Leaving Certificate Examination, 1923
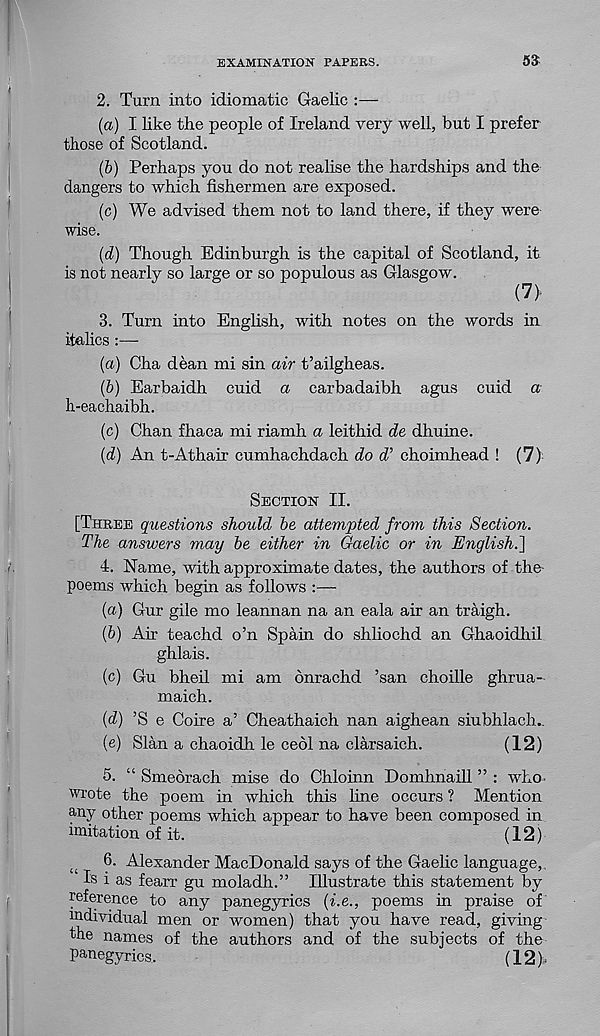
EXAMINATION PAPERS.
53
2. Turn into idiomatic Gaelic
(a) I like the people of Ireland very well, but I prefer
those of Scotland.
(b) Perhaps you do not realise the hardships and the
dangers to which fishermen are exposed.
(c) We advised them not to land there, if they were
wise.
(d) Though Edinburgh is the capital of Scotland, it
is not nearly so large or so populous as Glasgow.
(7)
3. Turn into English, with notes on the words in
italics :—
(a) Cha dean mi sin air t’ailgheas.
(b) Earbaidh cuid a carbadaibh agus cuid a
h-eachaibh.
(c) Chan fhaca mi riamh a leithid de dhuine.
(d) An t-Athair cumhachdach do d’ choimhead ! (7)
Section II.
[Three questions should be attempted from this Section.
The answers may be either in Gaelic or in English.']
4. Name, with approximate dates, the authors of the-
poems which begin as follows :—
(a) Gur gile mo leannan na an eala air an traigh.
(b) Air teachd o’n Spain do shliochd an Ghaoidhil
ghlais.
(c) Gu bheil mi am onrachd ’san choille ghrua-
maich.
(d) ’S e Coire a’ Cheathaich nan aighean siubhlach..
(e) Sian a chaoidh le cedi na clarsaich.
(12)
5. “ Smedrach mise do Chloinn Domhnaill ” : who-
wrote the poem in which this line occurs ? Mention
any other poems which appear to have been composed in
imitation of it.
(12)
i(
6. Alexander MacDonald says of the Gaelic language,.
Is i as fearr gu moladh.” Illustrate this statement by
reference to any panegyrics (he., poems in praise of
individual men or women) that you have read, giving
the names of the authors and of the subjects of the
panegyrics..
(12)